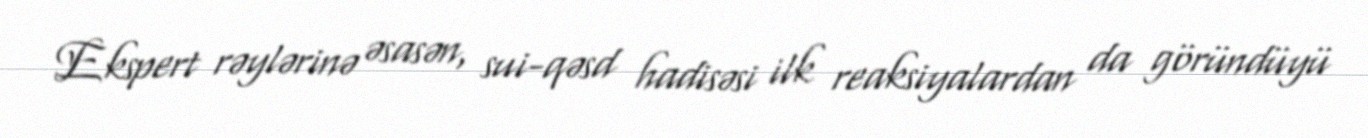
Ekspert rəylərinə əsasən, sui-qəsd hadisəsi ilk reaksiyalardan da göründüyü